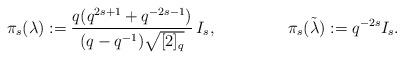
LaTeX: \begin{align*}\pi_s(\lambda):= \frac{q(q^{2s+1}+q^{-2s-1})}{(q-q^{-1})\sqrt{[2]_q}}\,I_s, && \pi_s(\tilde\lambda):=q^{-2s}I_s.\end{align*}